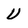
Character: U